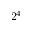
2 ^ { 4 }